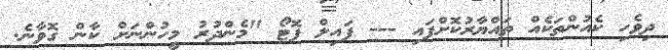
ދިވެހި ކެއުންތަކެއް ތައްޔާރުކޮށްފައި --- ފައިލް ފޮޓޯ "މެންދުރު މީހުންނަށް ކާން ގޮވާނެ.